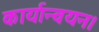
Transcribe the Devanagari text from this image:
कार्यान्वयन।